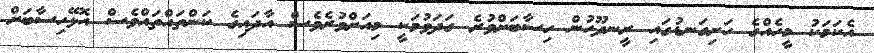
އެކަމަކު މީހެއްގެ ހަށިގަނޑުގައި ރީނދޫހުން ހިސާބަށްވުރެ ގަދަވުމަކީ މިއަށްވުރެވެސް އާދައިގެ ކަންތައްތައްވެސް އޮޅޭހިސާބަށް